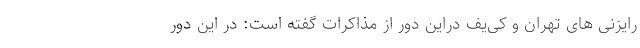
رایزنی های تهران و کی‌یف دراین دور از مذاکرات گفته است: در این دور